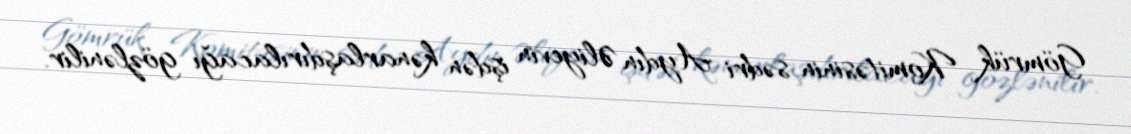
Gömrük Komitəsinin sədri Aydın Əliyevin işdən kənarlaşdırılacağı gözlənilir.